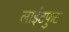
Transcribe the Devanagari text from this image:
लाईटफुट